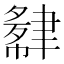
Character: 𬚮